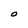
Character: O